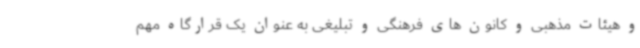
و هیئات مذهبی و کانون های فرهنگی و تبلیغی به عنوان یک قرارگاه مهم